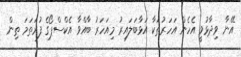
އޭނާ ވިދާޅުވީ އެހެން އަހަރުތަކާ އަޅާބަލައިރު މިއަހަރު ބާއްވާ އެކްސްޕޯގެ ފުރަތަމަ ތިން